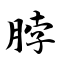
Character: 脖